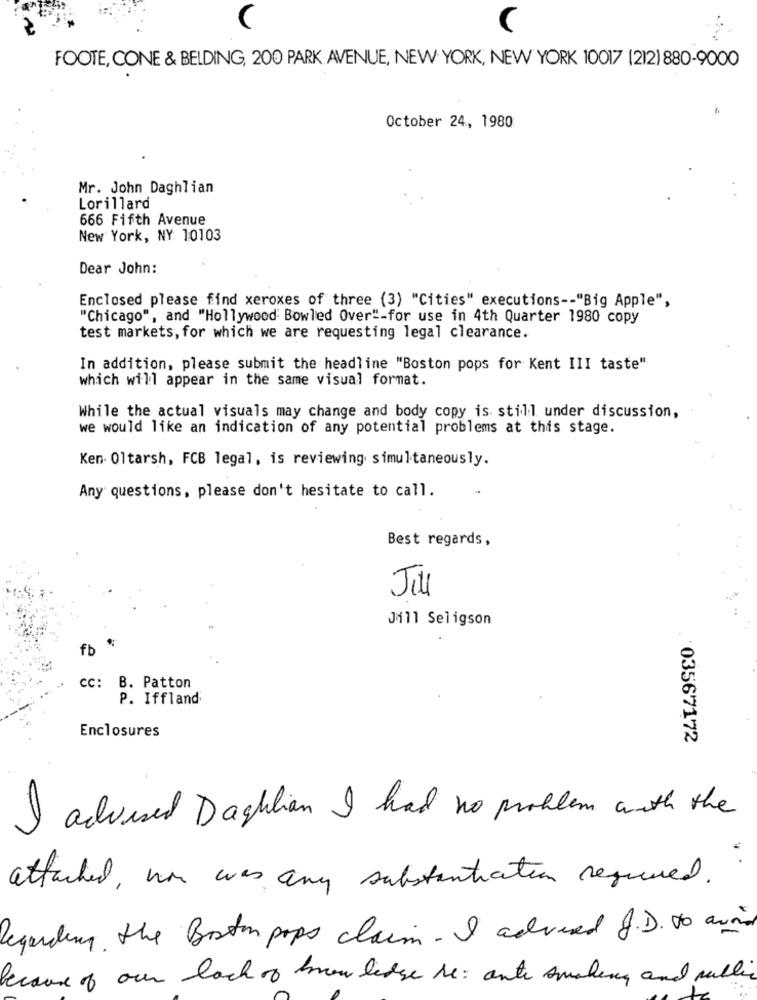
C
FOOTE, CONE & BELDING, 200 PARK AVENUE, NEW YORK, NEW YORK 10017 |212) 880-9000
October 24, 1980
Mr. John Daghlian
Lorillard
666 Fifth Avenue
New York, NY 10103
Dear John:
Enclosed please find xeroxes of three (3) "Cities" executions -- "Big Apple",
"Chicago", and "Hollywood Bowled Over"-for use in 4th Quarter 1980 copy
test markets, for which we are requesting legal clearance.
In addition, please submit the headline "Boston pops for Kent III taste".
which will appear in the same visual format.
While the actual visuals may change and body copy is still under discussion,
we would like an indication of any potential problems at this stage.
Ken. 01tarsh, FCB legal, is reviewing simultaneously.
Any questions, please don't hesitate to call.
Best regards,
Jill
Jill Seligson
fb
CC: B. Patton
P. Iffland
Enclosures
03567172
I advised Daghtian I had no problem with the
attached, non was any substantiation required.
Regarding the Bostonpops claim - I adversed J. D . to avoid
because of our lack of knowledge he: ante smoking and public